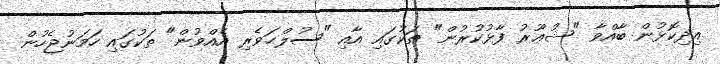
އިދިކޮޅުން ބާއްވާ "ޝުޢޫރު ފާޅުކުރުން" ތަކުގައި އާއި "ސުލްޙަވެރި އެއްވުން" ތަކުގައި ހަމަނުޖެހުން